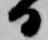
日